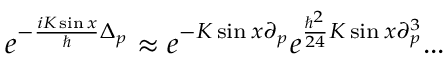
e ^ { - \frac { i K \sin x } { \hbar } \Delta _ { p } } \approx e ^ { - K \sin x \partial _ { p } } e ^ { \frac { \hbar ^ { 2 } } { 2 4 } K \sin x \partial _ { p } ^ { 3 } } . . .